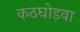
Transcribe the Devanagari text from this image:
कठघोड़वा